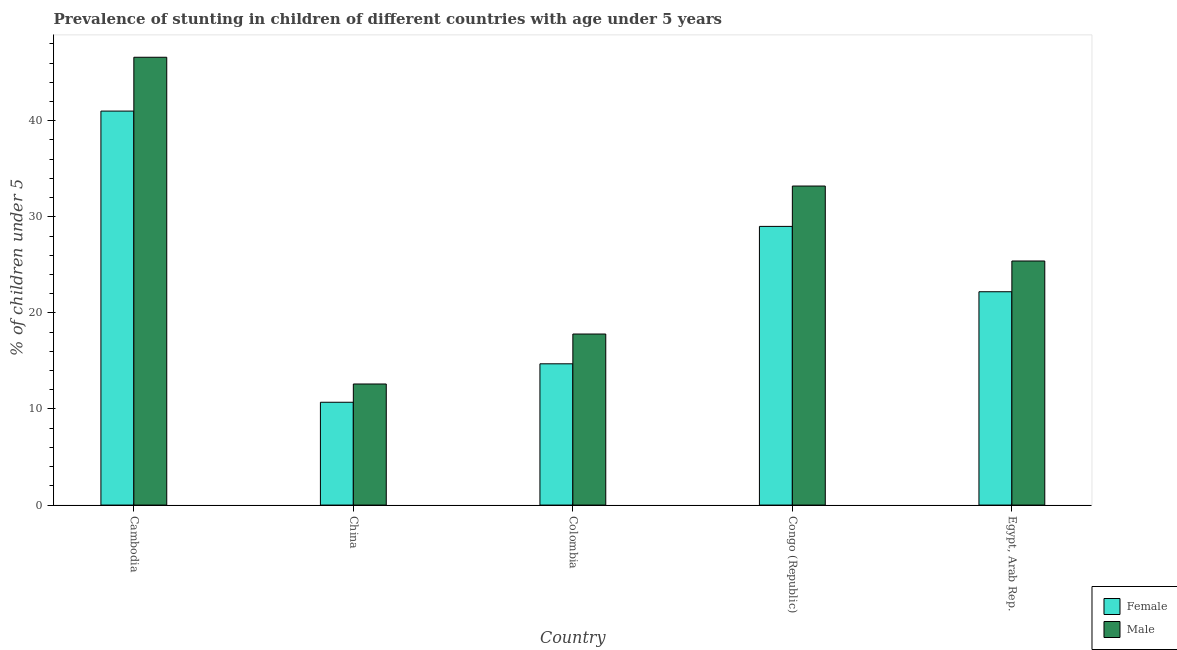
| Country | Female | Male |
 | --- | --- | --- |
 | Cambodia | 41 | 46.6 |
 | China | 10.7 | 12.6 |
 | Colombia | 14.7 | 17.8 |
 | Congo (Republic) | 29 | 33.2 |
 | Egypt, Arab Rep. | 22.2 | 25.4 |